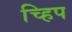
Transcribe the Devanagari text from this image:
च्हिप